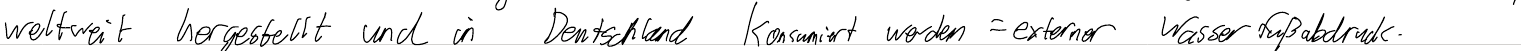
weltweit hergestellt und in Deutschland konsumiert werden = externer Wasserfußabdruck.